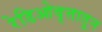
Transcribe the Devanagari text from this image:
रेडिओवृत्तातून